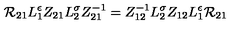
{ \cal R } _ { 2 1 } L _ { 1 } ^ { \epsilon } Z _ { 2 1 } L _ { 2 } ^ { \sigma } Z _ { 2 1 } ^ { - 1 } = Z _ { 1 2 } ^ { - 1 } L _ { 2 } ^ { \sigma } Z _ { 1 2 } L _ { 1 } ^ { \epsilon } { \cal R } _ { 2 1 }